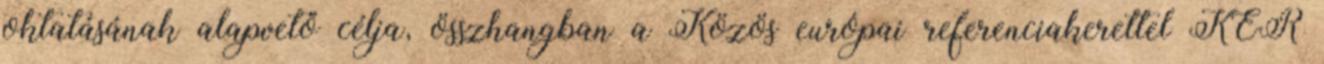
oktatásának alapvető célja, összhangban a Közös európai referenciakerettel KER